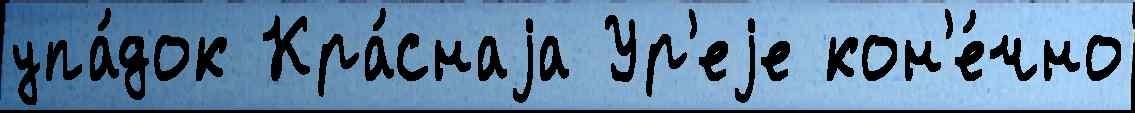
упа́док Кра́снаjа Ур'еjе кон'е́чно